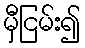
မှီငြမ်း၍